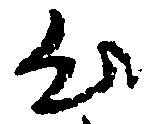
出